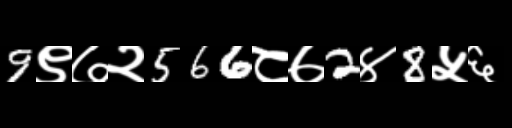
Text: 9९७२566८७2४8५६